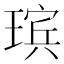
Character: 瑸